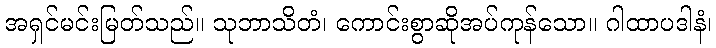
အရှင်မင်းမြတ်သည်။ သုဘာသိတံ၊ ကောင်းစွာဆိုအပ်ကုန်သော။ ဂါထာပဒါနံ၊